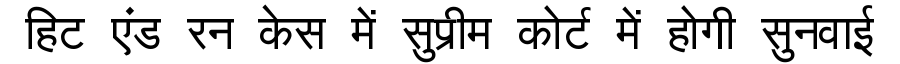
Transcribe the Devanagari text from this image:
हिट एंड रन केस में सुप्रीम कोर्ट में होगी सुनवाई